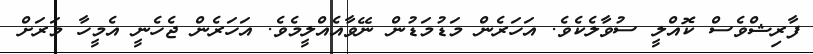
ފާރިޝްވެސް ކޮއްލީ ސުވާލެކެވެ. އަހަރެން މަޑުމަޑުން ނޭވާއެއްލީމެވެ. އަހަރެން ޖެހެނީ އެމީހާ މަރަށް